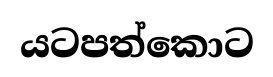
යටපත්කොට